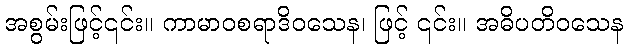
အစွမ်းဖြင့်၎င်း။ ကာမာဝစရာဒိဝသေန၊ ဖြင့် ၎င်း။ အဓိပတိဝသေန